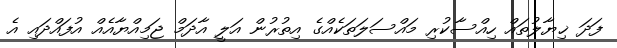
ފަދަ ޚިޔާލުތައް ހިއްސާކުރި މައްސަލަތަކެއްގެ އިތުރުން އަލީ އާދަމް ޖަމިއްޔާއެއް އުފައްދައި އެ